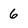
Character: 6